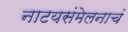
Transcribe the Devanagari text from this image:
नाटयसंमेलनाचं